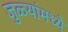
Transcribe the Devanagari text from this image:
जुळ्यांमध्ये